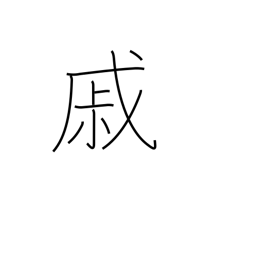
Meaning: grieve